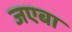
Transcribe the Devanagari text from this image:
जएबा